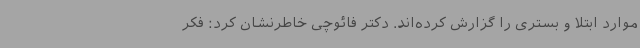
موارد ابتلا و بستری را گزارش کرده‌اند. دکتر فائوچی خاطرنشان کرد: فکر